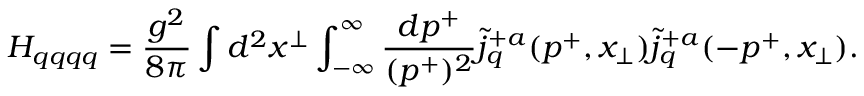
H _ { q q q q } = { \frac { g ^ { 2 } } { 8 \pi } } \int d ^ { 2 } x ^ { \perp } \int _ { - \infty } ^ { \infty } { \frac { d p ^ { + } } { ( p ^ { + } ) ^ { 2 } } } { \tilde { j } ^ { + a } } _ { q } ( p ^ { + } , x _ { \perp } ) { \tilde { j } ^ { + a } } _ { q } ( - p ^ { + } , x _ { \perp } ) .